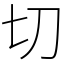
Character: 切